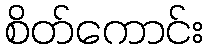
စိတ်ကောင်း